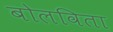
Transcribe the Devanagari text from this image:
बोलविता